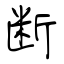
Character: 斷